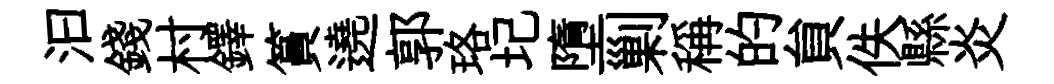
汩錢村鐸篔遶郭珞圮墮剿稱的貟佚縣炎